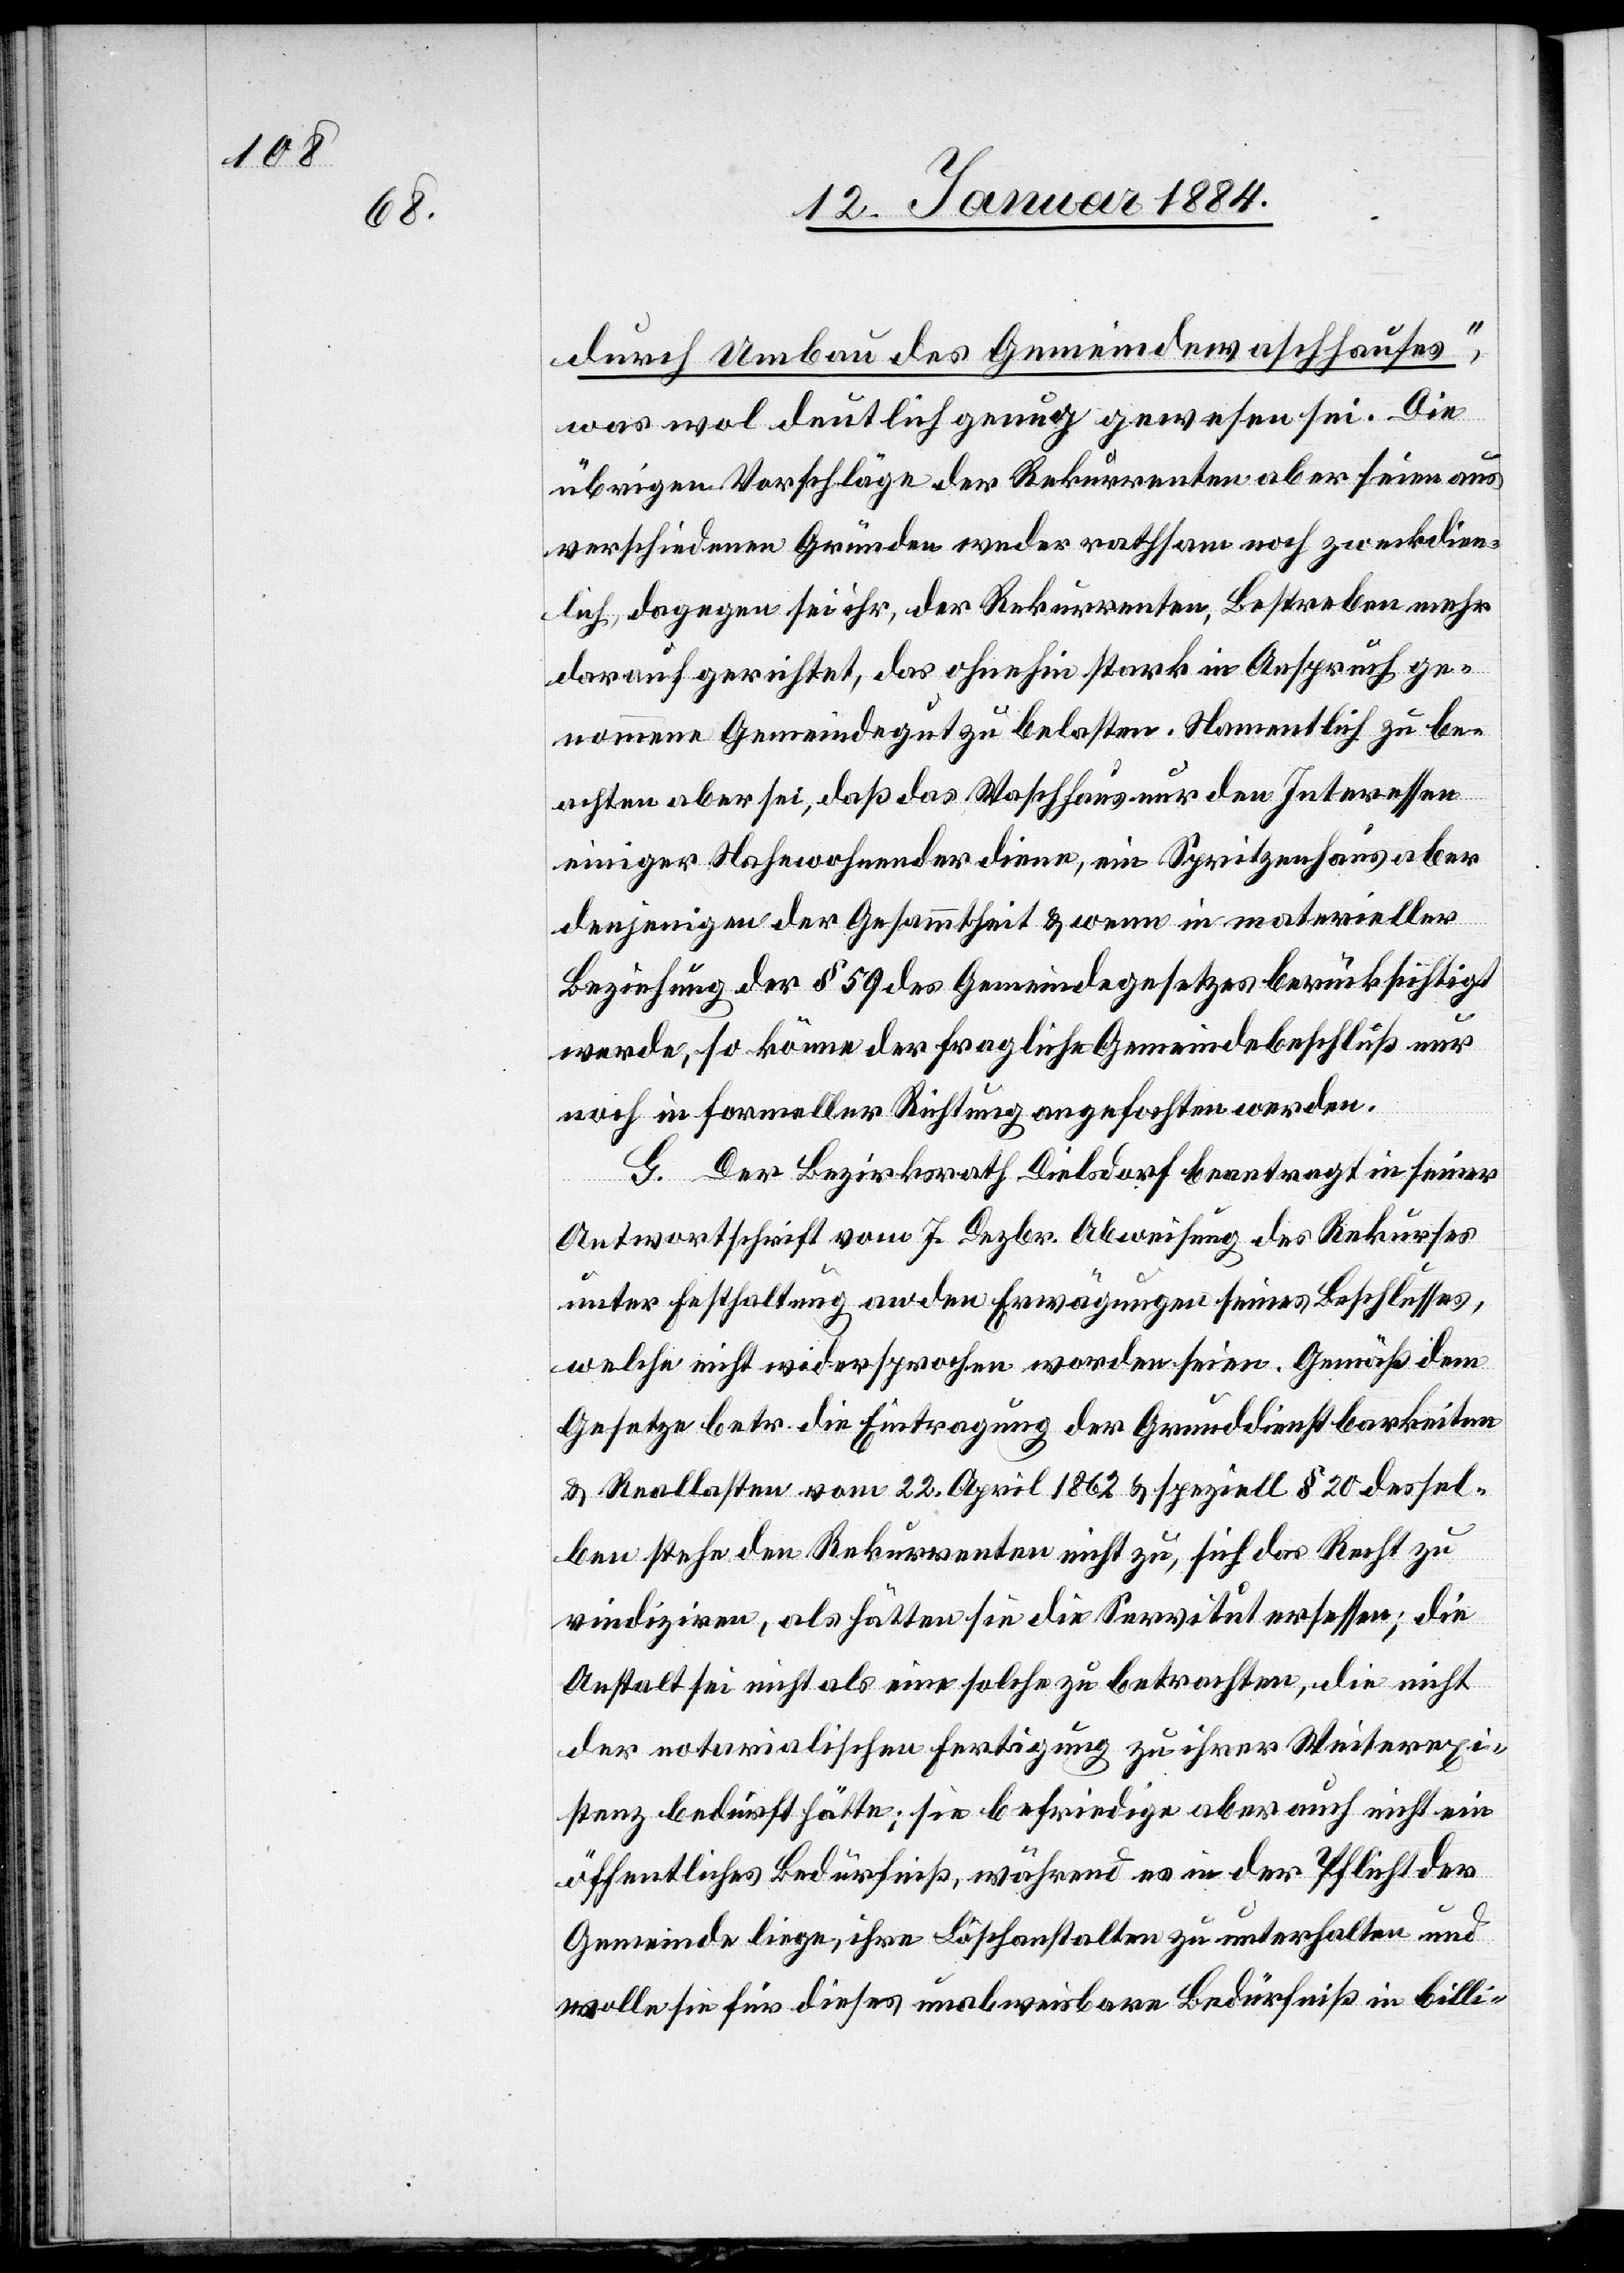
durch Umbau des Gemeindewaschhauses“,
was wol deutlich genug gewesen sei. Die
übrigen Vorschläge der Rekurrenten aber seien aus
verschiedenen Gründen weder rathsam noch zweck¬
lich, dagegen sei ihr, der Rekurrenten, Bestreben mehr
darauf gerichtet, das ohnehin stark in Anspruch ge¬
nommene Gemeindegut zu belasten. Namentlich zu be¬
achten aber sei, daß das Waschhaus nur den Interessen
einiger Nahwohnender diene, ein Spritzenhaus aber
denjenigen der Gesammtheit & wenn in materieller
Beziehung der § 59 des Gemeindegesetzes berücksichtigt
werde, so könne der fragliche Gemeindebeschluß nur
noch in formeller Richtung angefochten werden.
G. Der Bezirksrath Dielsdorf beantragt in seiner
Antwortschrift vom 7. Dezbr. Abweisung des Rekurses
unter Festhaltung an den Erwägungen seines Beschlusses,
welcher nicht widersprochen worden seien. Gemäß dem
Gesetze betr. die Eintragung der Grunddienstarbeiten
& Reallasten vom 22. April 1862 & speziell § 20 dessel¬
ben stehe den Rekurrenten nicht zu, sich das Recht zu
vindizieren, als hätten sie die Servitut ersessen; die
Anstalt sei nicht als eine solche zu betrachten, die nicht
der notarialischen Fertigung zu ihrer Weiterexi¬
stenz bedurft hätte; sie befriedige aber auch nicht ein
öffentliches Bedürfniß, während es in der Pflicht der
Gemeinde liege, ihre Löschanstalten zu unterhalten und
wolle sie für dieses unbeweisbare Bedürfniß in billi-